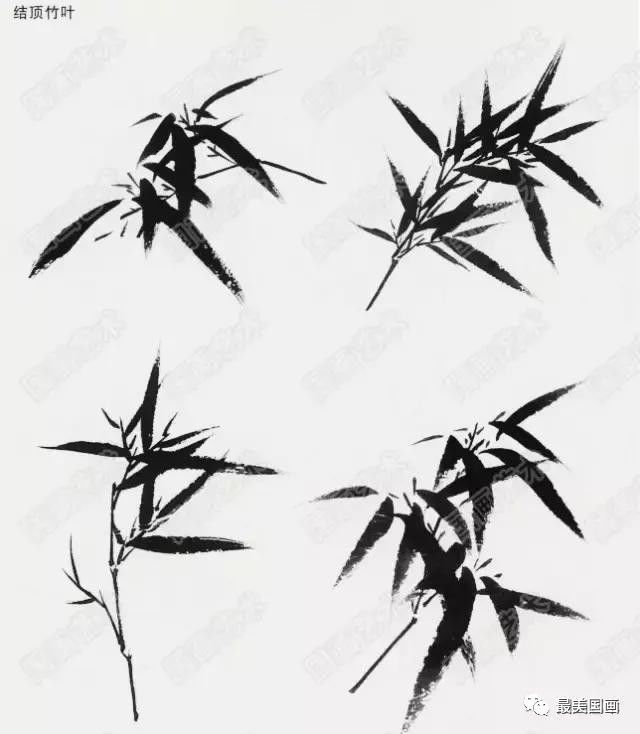
商叶堕干雨，秋衣卧单云。